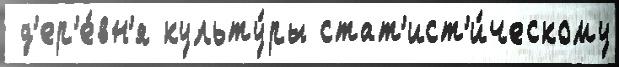
 д'ер'е́вн'я культу́ры стат'ист'и́ческому